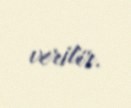
verilir.